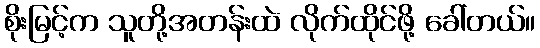
စိုးမြင့်က သူတို့အတန်းထဲ လိုက်ထိုင်ဖို့ ခေါ်တယ်။